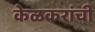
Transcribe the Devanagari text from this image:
केळकरांची